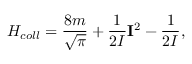
H _ { c o l l } = \frac { 8 m } { \sqrt { \pi } } + \frac { 1 } { 2 { \cal I } } { \bf I } ^ { 2 } - \frac { 1 } { 2 { \cal I } } ,